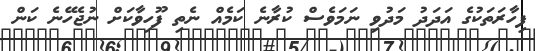
ފިހާރަތަކުގެ އަދަދު މަދުވި ނަމަވެސް ކުރާނެ ކަމެއް ނެތި ފޫހިވާކަށް ނުޖެހޭނެ ކަން